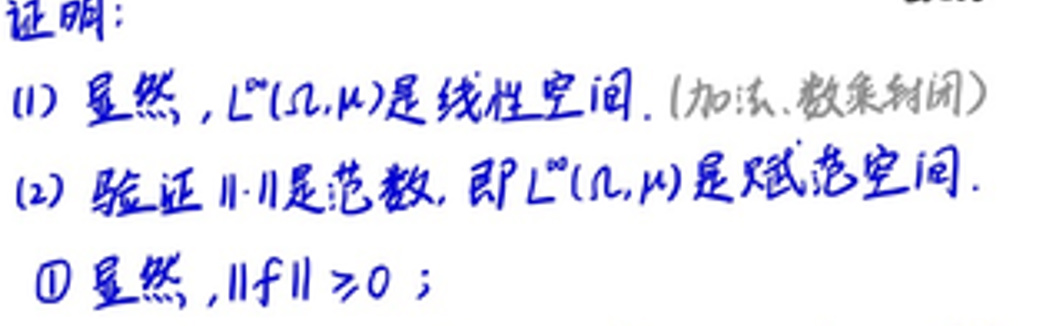
证明:

(1) 显然, \(L^{\infty}(\Omega,\mu)\)是线性空间. (加法、数乘封闭)

(2) 验证\(\|\cdot\|\)是范数, 即\(L^{\infty}(\Omega,\mu)\)是赋范空间.

$\textcircled{1}$ 显然, \(\|f\| \geq 0\);